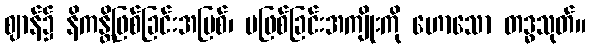
ဈာန်၌ နိကန္တိဖြစ်ခြင်းအပြစ်၊ မဖြစ်ခြင်းအကျိုးကို ဟောသော တဒ္ဓသုတ်။